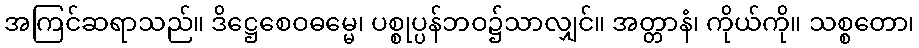
အကြင်ဆရာသည်။ ဒိဋ္ဌေစေဝဓမ္မေ၊ ပစ္စုပ္ပန်ဘဝ၌သာလျှင်။ အတ္တာနံ၊ ကိုယ်ကို။ သစ္စတော၊